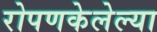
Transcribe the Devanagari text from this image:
रोपणकेलेल्या